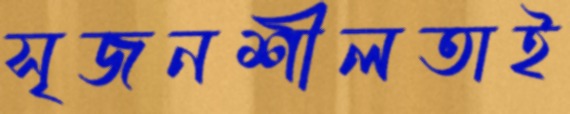
সৃজনশীলতাই